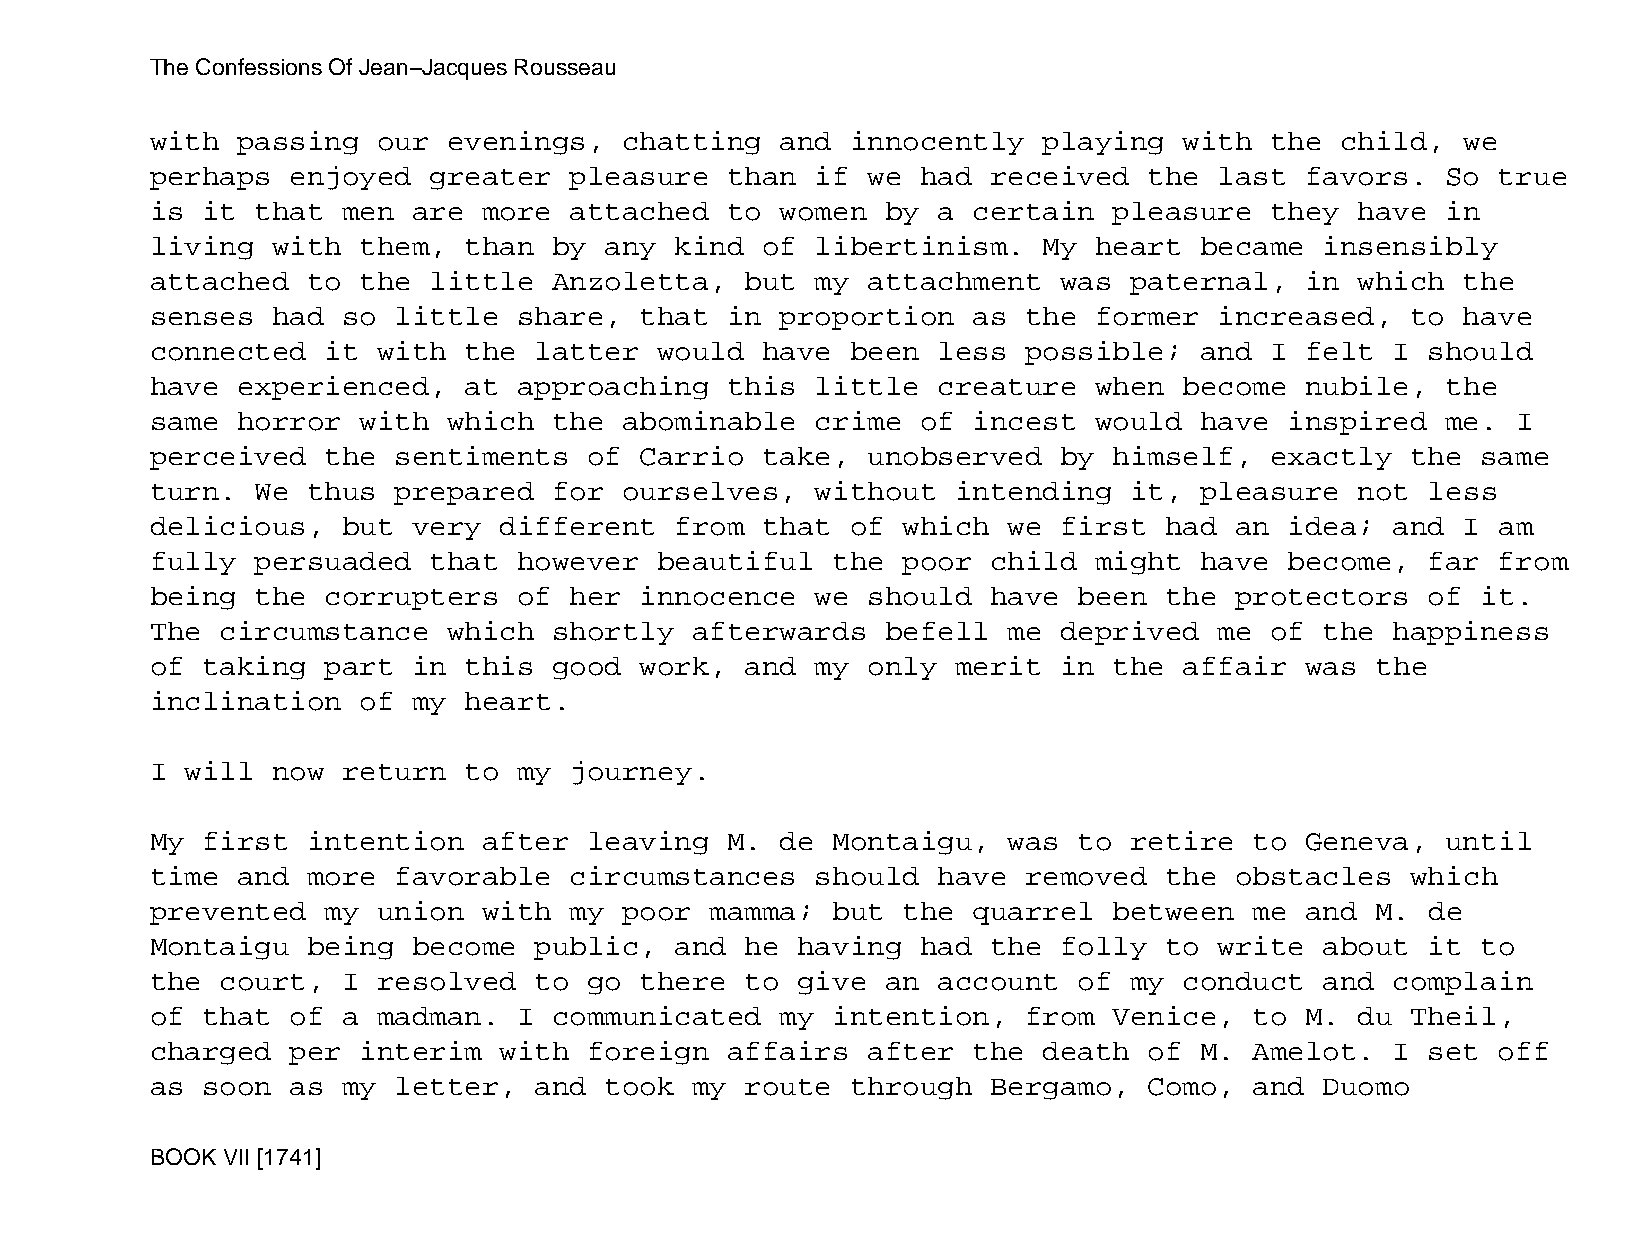
The Confessions Of Jean−Jacques Rousseau
 with  passing  our  evenings,  chatting   and innocently   playing  with  the  child,  we
 perhaps  enjoyed  greater   pleasure  than  if we  had  received  the  last favors.   So true
 is it  that  men are  more  attached  to  women  by a certain   pleasure  they  have  in
 living  with  them,  than  by any  kind of  libertinism.   My heart  became   insensibly
 attached  to  the little   Anzoletta,  but  my attachment   was  paternal,  in  which  the
 senses  had  so little  share,  that  in  proportion  as  the former   increased,  to  have
 connected   it with  the latter   would have  been  less  possible;  and  I felt  I  should
 have  experienced,   at approaching   this  little  creature  when  become  nubile,   the
 same  horror  with  which  the abominable   crime  of incest  would  have  inspired   me. I
 perceived   the sentiments   of Carrio  take,  unobserved   by  himself,  exactly  the  same
 turn.  We thus  prepared   for ourselves,   without  intending   it, pleasure   not  less
 delicious,   but very  different   from that  of  which  we first  had  an idea;  and  I am
 fully  persuaded  that  however   beautiful  the  poor  child might  have  become,   far from
 being  the  corrupters  of  her innocence   we should   have been  the  protectors   of it.
 The  circumstance   which  shortly  afterwards   befell  me deprived   me of  the happiness
 of taking   part in  this  good work,  and  my only  merit  in  the affair  was  the
 inclination   of my  heart.
 I will  now  return  to my  journey.
 My first  intention   after  leaving  M.  de Montaigu,   was to  retire  to Geneva,   until
 time  and more  favorable   circumstances   should  have  removed  the  obstacles  which
 prevented   my union  with  my poor  mamma;  but  the quarrel   between  me and  M.  de
 Montaigu  being  become  public,   and he  having  had  the folly  to  write  about  it to
 the  court,  I resolved  to  go there  to  give  an account  of  my conduct   and complain
 of that  of  a madman.  I  communicated   my intention,   from  Venice,  to M.  du Theil,
 charged  per  interim  with  foreign  affairs  after  the  death  of M.  Amelot.  I  set off
 as soon  as  my letter,  and  took  my route  through   Bergamo,  Como,  and  Duomo
 BOOK VII [1741]